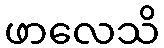
ဖာလေသိ